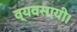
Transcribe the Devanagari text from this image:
व्यवसायी।